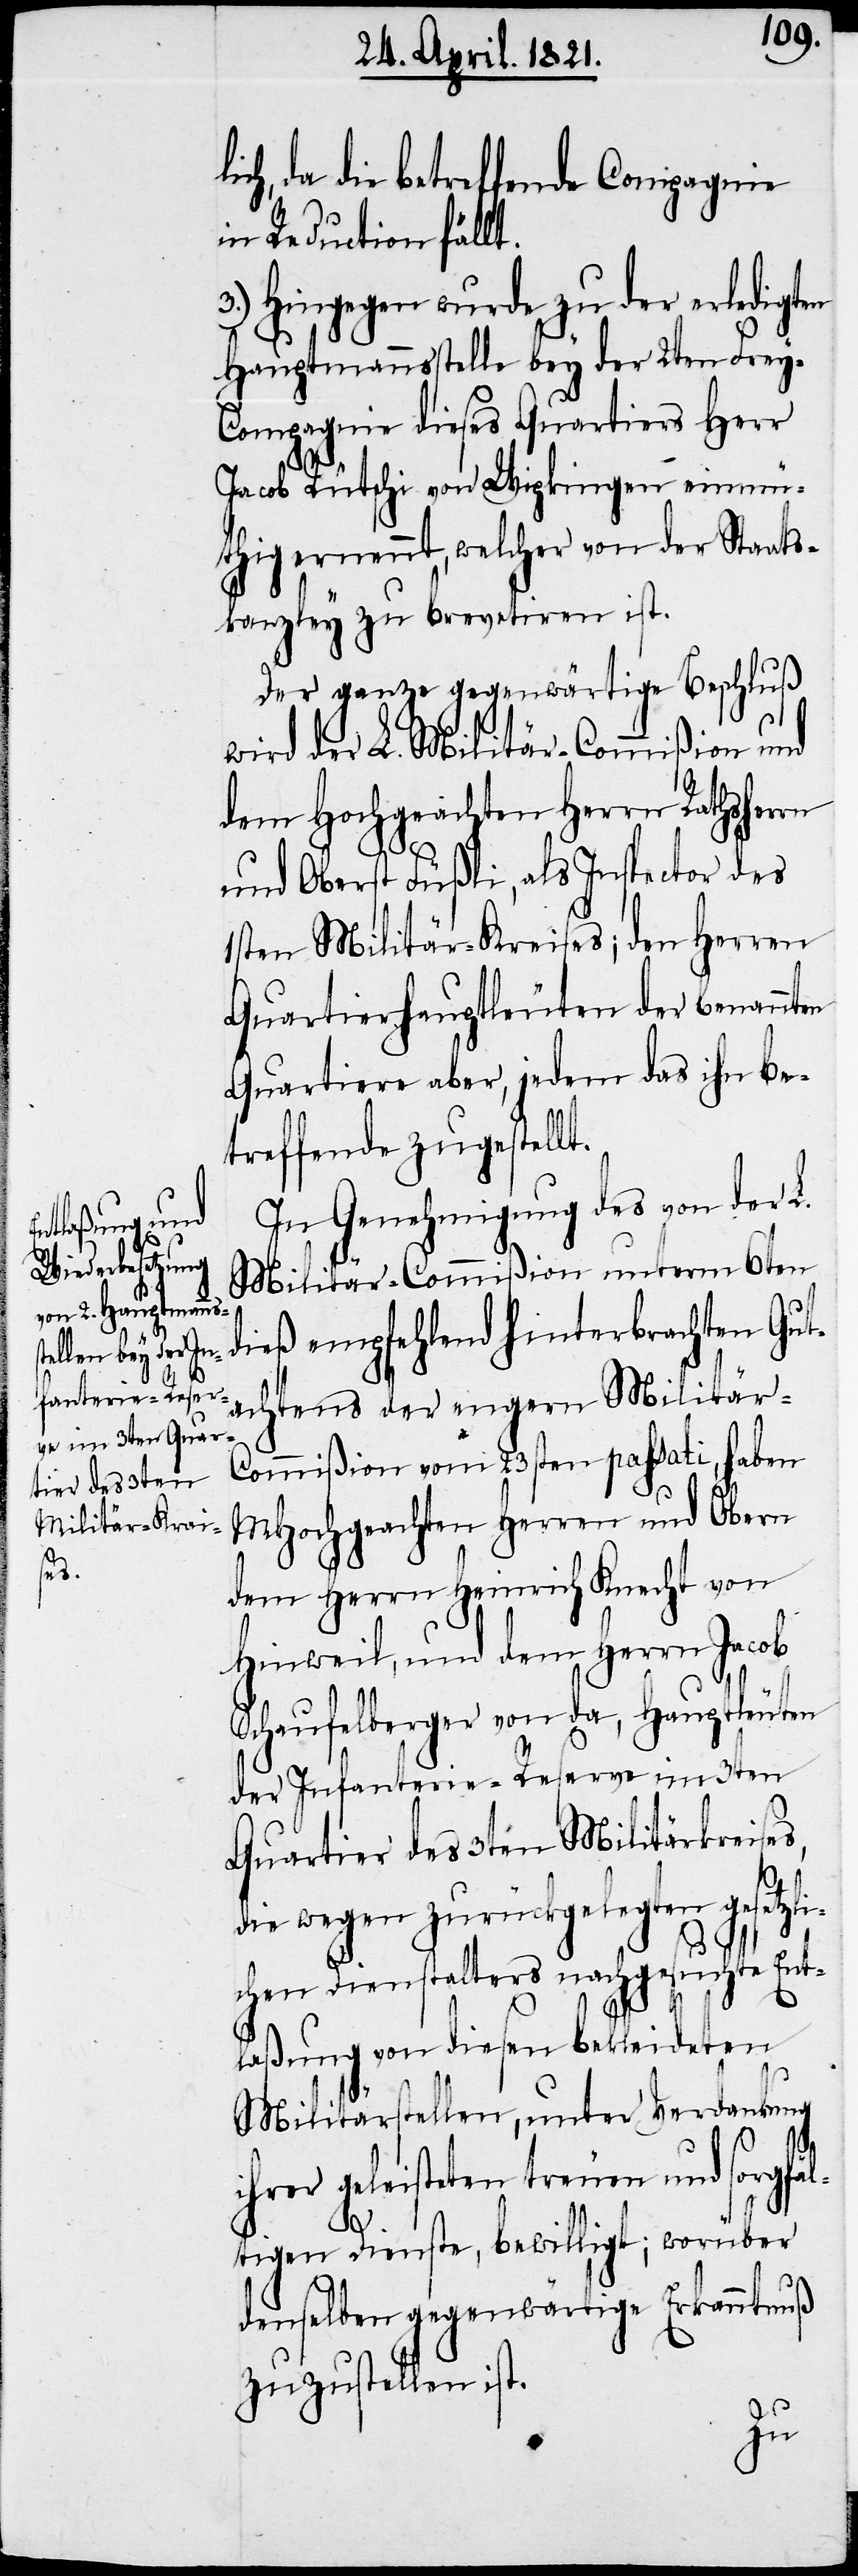
s,

ich, da die betreffende Compagnie
in Reduction fällt.
3.) Hingegen wurde zu der erledigten
Hauptmannsstelle bey der 2ten Frey-C¬
ompagnie dieses Quartiers Herr
Jacob Rütschi von Wipkingen einmü¬
thig ernennt, welcher von der Staats¬
kanzley zu brevetiren ist.
Der ganze gegenwärtige Beschluß
wird der L. Militär-Commißion und
dem Hochgeachten Herrn Rathsherrn
und Obers Füßli, als Inspector des
1sten Militär-Kreises; den Herren
Quartierhauptleuten der benannten
Quartiere aber, jedem das ihn be¬
treffende zugestellt.
In Genehmigung des von der L.
Militär-Commißion unterm 6ten
dieß empfehlend hinterbrachten Gut¬
achtens der engern Militär-C¬
ommißion vom 23sten passati, haben
MHochgeachten Herren und Obern
dem Herrn Heinrich Knecht von
Hinweil, und dem Herrn Jacob
Schaufelberger von da, Hauptleuten
der Infanterie-Reserve im 3ten
Quartier des 3ten Militärkreise¬
die wegen zurückgelegten gesetzl¬
ichen Dienstalters nachgesuchte Ent¬
laßung von diesen bekleideten
Militärstellen, unter Verdankung
er geleisteten treuen und sorgfä¬
ltigen Dienste, bewilligt; worüber
denselben gegenwärtige Erkanntnuß
zuzustellen ist.
ihr¬